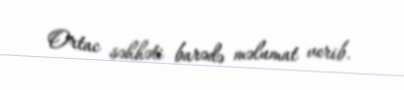
Ortac səhhəti barədə məlumat verib.